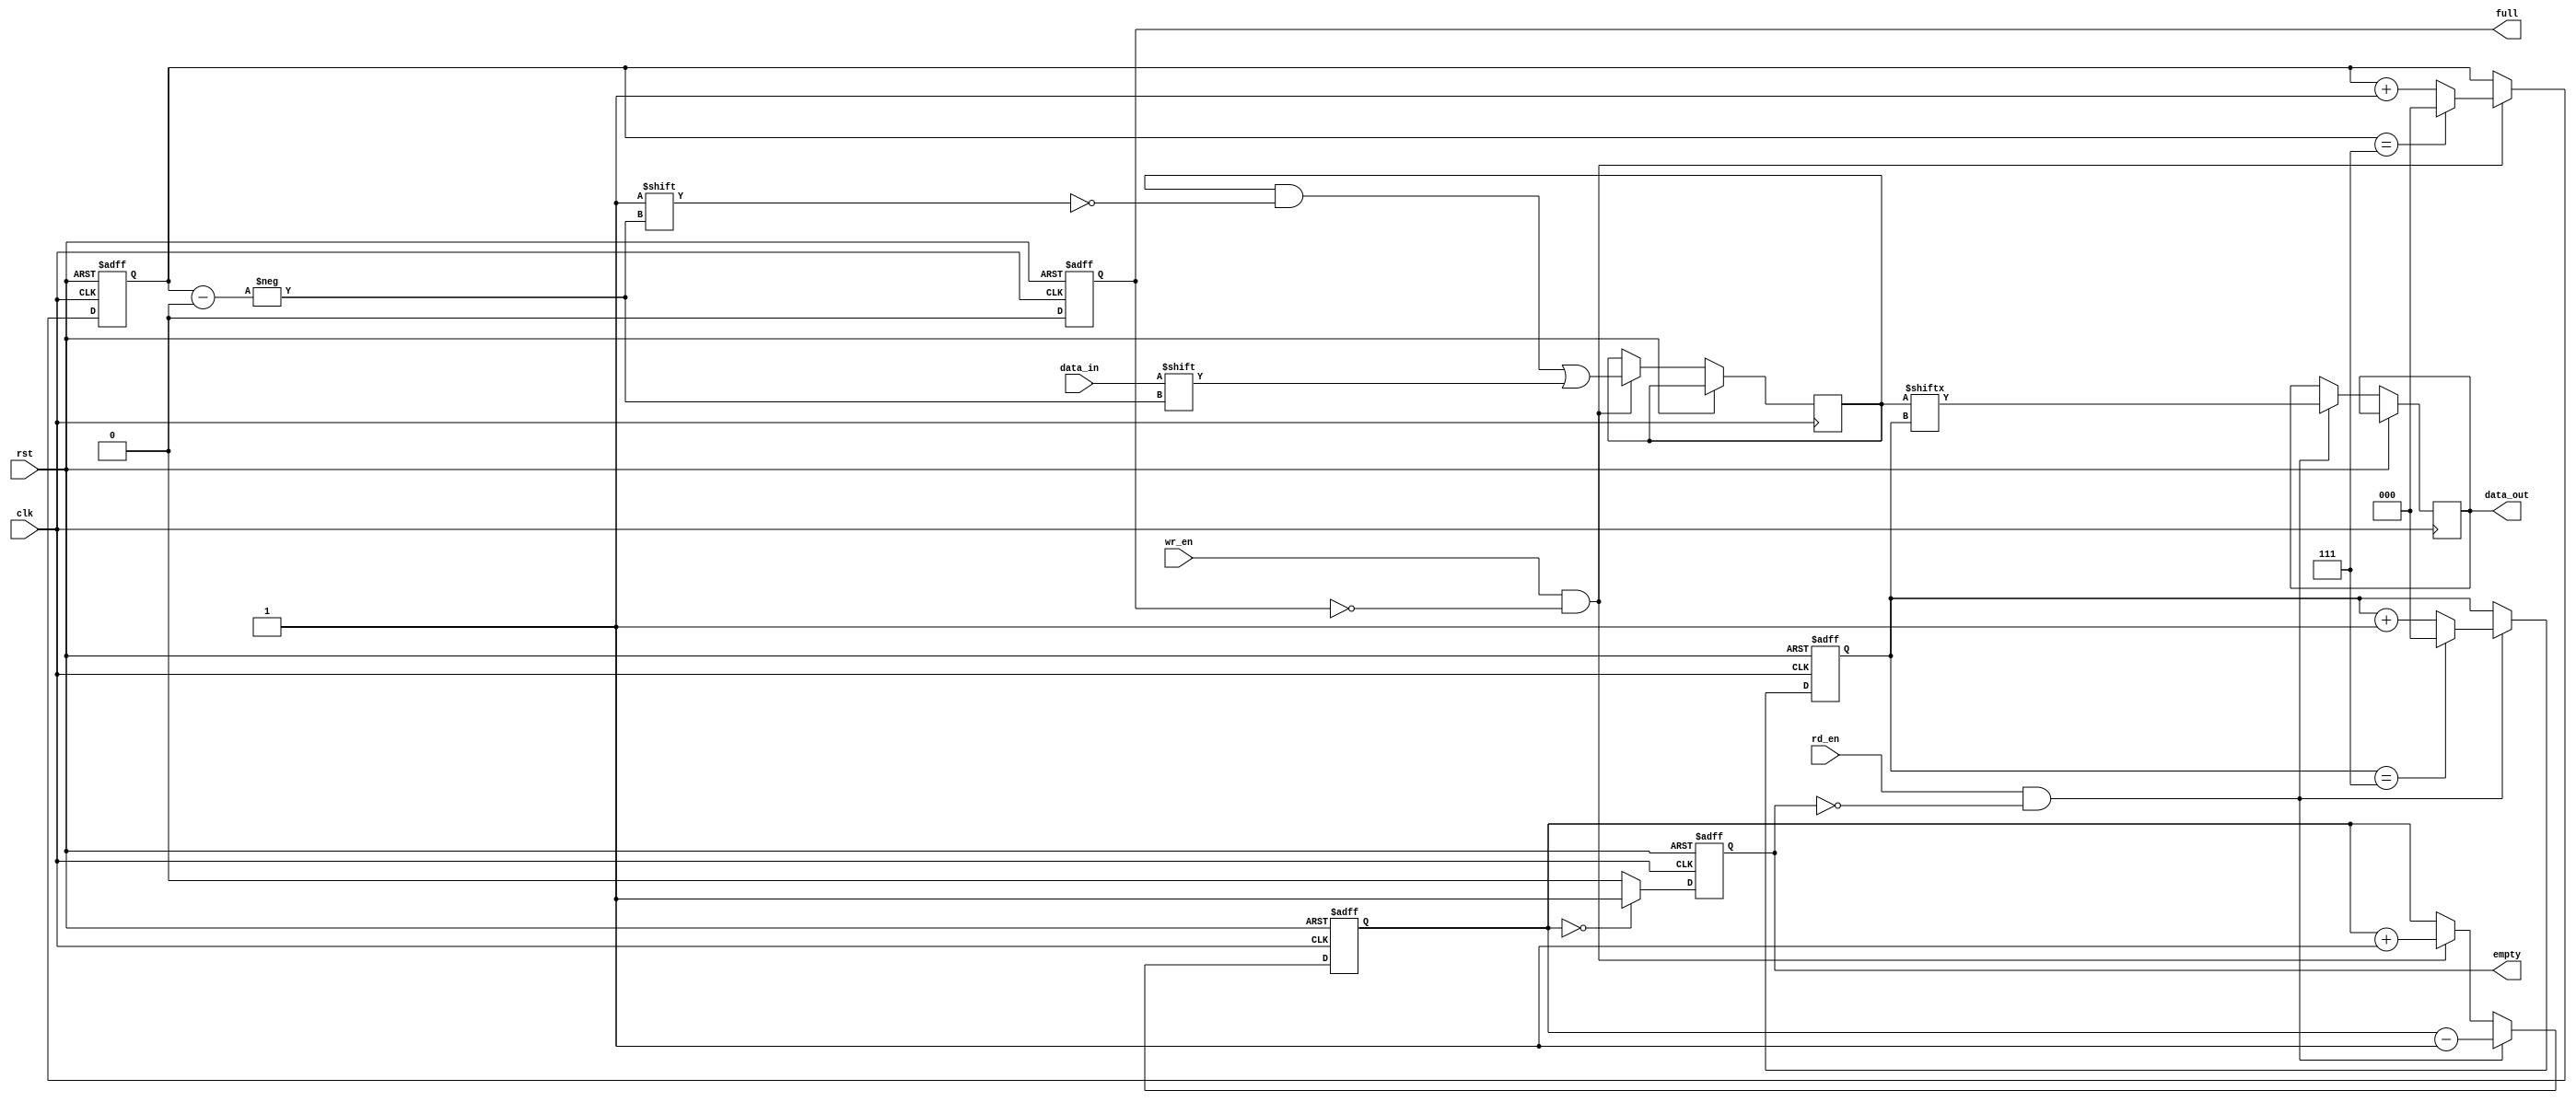
module Bidirectional_FIFO (
  input wire clk,
  input wire rst,
  input wire wr_en,
  input wire rd_en,
  input wire data_in,
  output reg data_out,
  output reg full,
  output reg empty
);

parameter SIZE = 8; // FIFO size
reg [SIZE-1:0] fifo_mem; // Memory array to store data
reg [2:0] wr_ptr, rd_ptr; // Write and read pointers
reg [2:0] count; // Number of elements in FIFO

always @(posedge clk or posedge rst) begin
  if (rst) begin
    rd_ptr <= 0;
    wr_ptr <= 0;
    count <= 0;
    full <= 0;
    empty <= 1;
  end else begin
    if (wr_en && !full) begin // Write operation
      fifo_mem[wr_ptr] <= data_in;
      wr_ptr <= wr_ptr + 1;
      count <= count + 1;
      if (wr_ptr == SIZE-1) wr_ptr <= 0;
    end

    if (rd_en && !empty) begin // Read operation
      data_out <= fifo_mem[rd_ptr];
      rd_ptr <= rd_ptr + 1;
      count <= count - 1;
      if (rd_ptr == SIZE-1) rd_ptr <= 0;
    end
    
    if (count == SIZE) begin // FIFO full
      full <= 1;
      empty <= 0;
    end else if (count == 0) begin // FIFO empty
      full <= 0;
      empty <= 1;
    end else begin
      full <= 0;
      empty <= 0;
    end
  end
end

endmodule